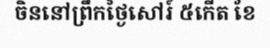
ចិននៅព្រឹកថ្ងៃសៅរ៍ ៥កើត ខែ